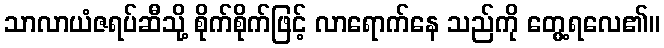
သာလာယံဇရပ်ဆီသို့ စိုက်စိုက်ဖြင့် လာရောက်နေ သည်ကို တွေ့ရလေ၏။